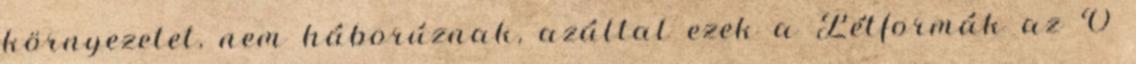
környezetet, nem háborúznak, azáltal ezek a Létformák az Ő